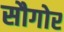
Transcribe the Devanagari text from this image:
सौगोर